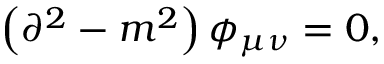
\left( \partial ^ { 2 } - m ^ { 2 } \right) \phi _ { \mu \nu } = 0 ,